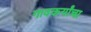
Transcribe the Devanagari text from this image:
गावकर्यांचा